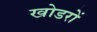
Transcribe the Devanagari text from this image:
खोडरों